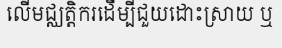
លើមជ្ឈត្តិករដើម្បីជួយដោះស្រាយ ឬ